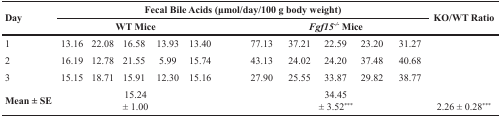
| <ROWSPAN=2> Day | <COLSPAN=10> Fecal Bile Acids (μmol/day/100 g body weight) | KO/WT Ratio |
 | <COLSPAN=5> WT Mice | <COLSPAN=5> Fgf15-/- Mice |  |
 | --- | --- | --- | --- | --- | --- | --- | --- | --- | --- | --- | --- |
 | 1 | 13.16 | 22.08 | 16.58 | 13.93 | 13.40 | 77.13 | 37.21 | 22.59 | 23.20 | 31.27 | <ROWSPAN=4> 2.26 ± 0.28*** |
 | 2 | 16.19 | 12.78 | 21.55 | 5.99 | 15.74 | 43.13 | 24.02 | 24.20 | 37.48 | 40.68 |
 | 3 | 15.15 | 18.71 | 15.91 | 12.30 | 15.16 | 27.90 | 25.55 | 33.87 | 29.82 | 38.77 |
 | Mean ± SE | <COLSPAN=5> 15.24± 1.00 | <COLSPAN=5> 34.45± 3.52*** |